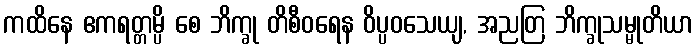
ကထိနေ ဧကရတ္တမ္ပိ စေ ဘိက္ခု တိစီဝရေန ဝိပ္ပဝသေယျ, အညတြ ဘိက္ခုသမ္မုတိယာ